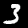
Digit: 3